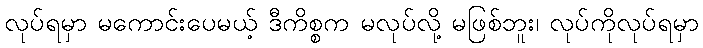
လုပ်ရမှာ မကောင်းပေမယ့် ဒီကိစ္စက မလုပ်လို့ မဖြစ်ဘူး၊ လုပ်ကိုလုပ်ရမှာ